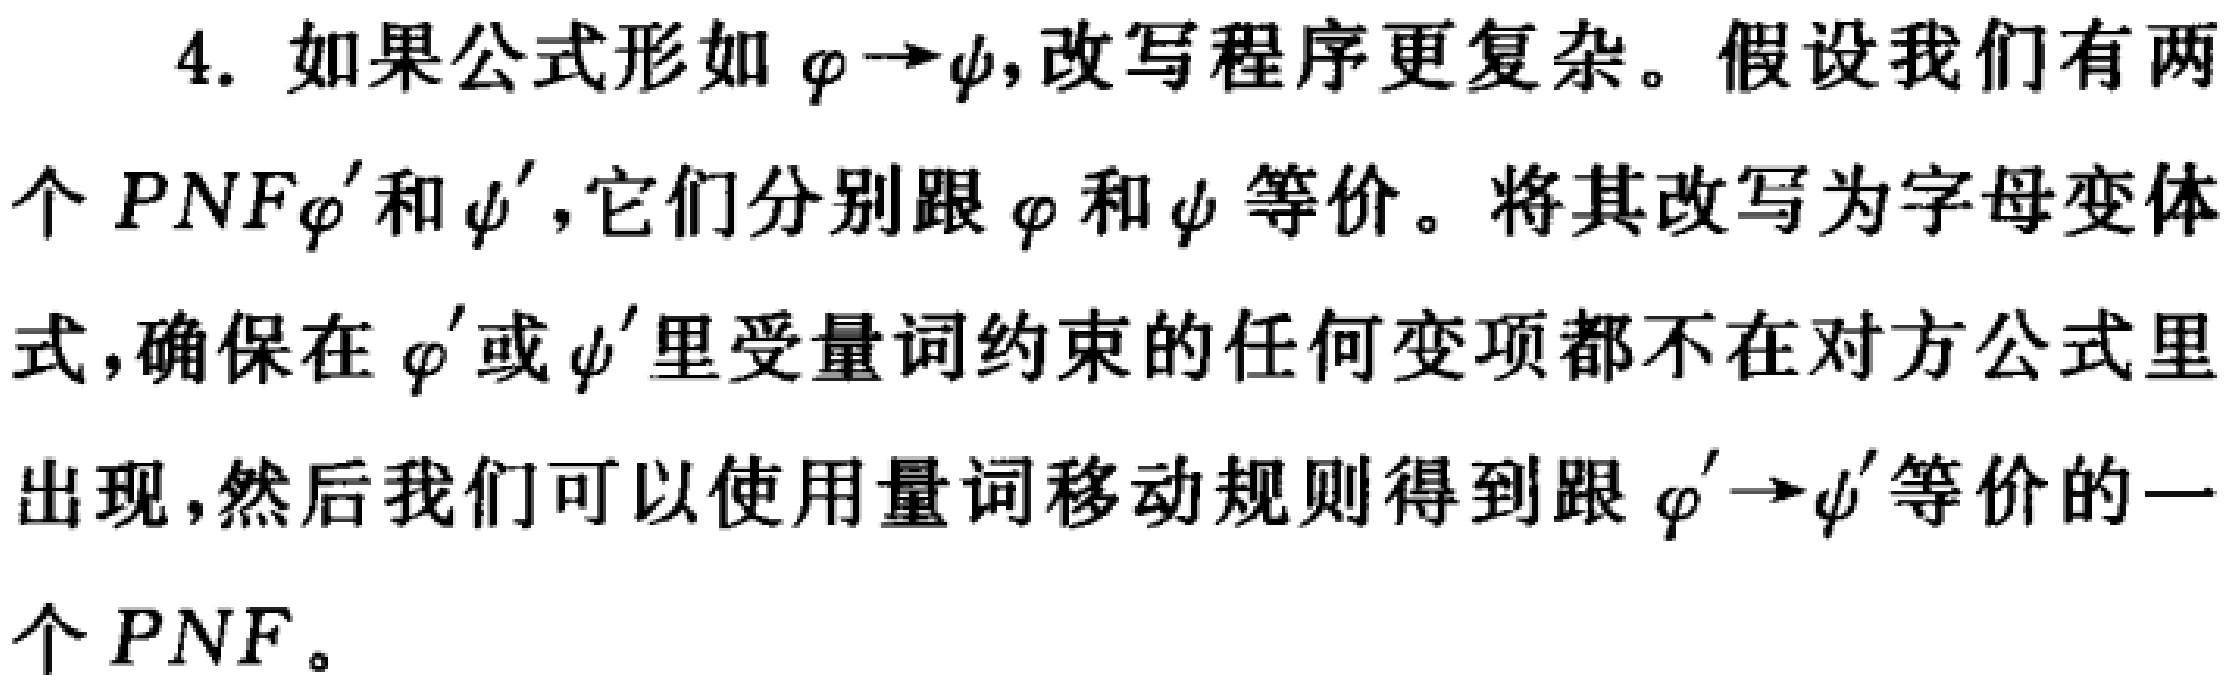
4. 如果公式形如 $\varphi \to \psi$,改写程序更复杂。假设我们有两个 $PNF\varphi'$ 和 $\psi'$,它们分别跟 $\varphi$ 和 $\psi$ 等价。将其改写为字母变体式,确保在 $\varphi'$ 或 $\psi'$ 里受量词约束的任何变项都不在对方公式里出现,然后我们可以使用量词移动规则得到跟 $\varphi' \to \psi'$ 等价的一个 $PNF$。